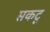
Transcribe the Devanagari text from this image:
सकटू